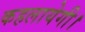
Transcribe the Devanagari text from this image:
कहलायेगी।